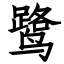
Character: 鹭